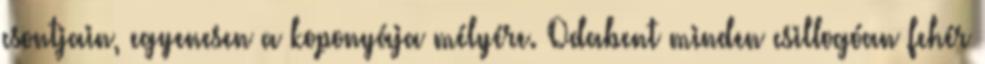
csontjain, egyenesen a koponyája mélyére. Odabent minden csillogóan fehér